Vaccination in Bombay 1869-1873 - 1869-1873
Year: 1869
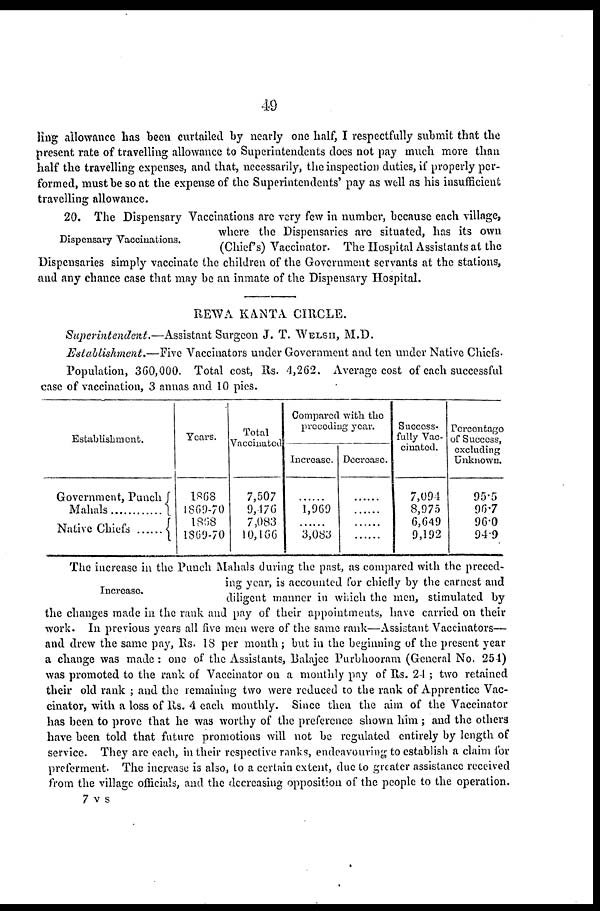
49
ling allowance has been curtailed by nearly one half, I respectfully submit that the
present rate of travelling allowance to Superintendents does not pay much more than
half the travelling expenses, and that, necessarily, the inspection duties, if properly per-
formed, must be so at the expense of the Superintendents' pay as well as his insufficient
travelling allowance.
Dispensary Vaccinations.
20. The Dispensary Vaccinations are very few in number, because each village,
where the Dispensaries are situated, has its own
(Chief's) Vaccinator. The Hospital Assistants at the
Dispensaries simply vaccinate the children of the Government servants at the stations,
and any chance case that may be an inmate of the Dispensary Hospital.
REWA KANTA CIRCLE.
Superintendent.—Assistant
Surgeon J. T. WELSH, M.D.
Establishment.—Five Vaccinators under Government and ten under Native Chiefs-
Population, 360,000. Total cost, Rs. 4,262. Average cost of each successful
case of vaccination, 3 annas and 10 pics.
Establishment.
Government, Punch
Mahals
Native Chiefs
Years.
1868
1869-70
1868
1869-70
Total
Vaccinated
7,507
9,476
7,083
10,166
Compared with the
preceding year.
Increase.
......
1,969
......
3,083
Decroase.
......
......
......
......
Success-
fully Vac-
cinated.
7,094
8,975
6,649
9,192
Percentage
of Success,
excluding
Unknown.
95.5
96.7
96.0
94.9
Increase.
The increase in the Punch Mahals during the past, as compared with the preced-
ing year, is accounted for chiefly by the carnest and
diligent manner in which the men, stimulated by
the changes made in the rank and pay of their appointments, have carried on their
work. In previous years all five men were of the same rank—Assistant Vaccinators—
and drew the same pay, Rs. 18 per month; but in the beginning of the present year
a change was made : one of the Assistants, Balajee Purbhooram (General No. 254)
was promoted to the rank of Vaccinator on a monthly pay of Rs. 24 ; two retained
their old rank ; and the remaining two were reduced to the rank of Apprentice Vac-
cinator, with a loss of Rs. 4 each monthly. Since then the aim of the Vaccinator
has been to prove that he was worthy of the preference shown him ; and the others
have been told that future promotions will not be regulated entirely by length of
service. They are each, in their respective ranks, endeavouring to establish a claim for
preferment. The increase is also, to a certain extent, due to greater assistance received
from the village officials, and the decreasing opposition of the people to the operation.
7 v s